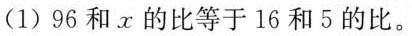
(1)96和x的比等于16和5的比。